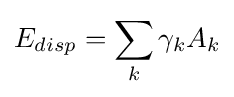
E_{disp}=\sum _{k}\gamma _{k}A_{k}